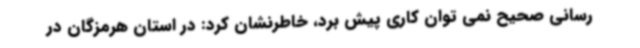
رسانی صحیح نمی توان کاری پیش برد، خاطرنشان کرد: در استان هرمزگان در